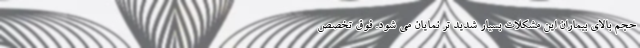
حجم بالای بیماران این مشکلات بسیار شدید تر نمایان می شود. فوق تخصص